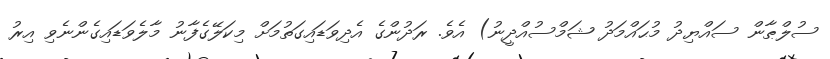
ސުލްޠާން ސައްޔިދު މުޙައްމަދު ޝަމްސުއްދީނު) އެވެ. ރަދުންގެ އެދިވަޑައިގަތުމަށް މިކަލޭގެފާނު މާލެވަޑައިގެންނެވި އިރު